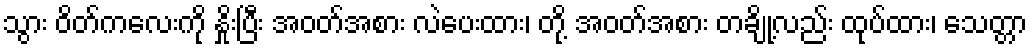
သွား ဝိတ်ကလေးကို နှိုးပြီး အဝတ်အစား လဲပေးထား၊ တို့ အဝတ်အစား တချို့လည်း ထုပ်ထား၊ သေတ္တာ